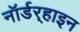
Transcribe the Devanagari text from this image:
नॉर्डर्‍हाइन